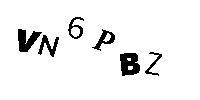
VN6PBZ